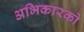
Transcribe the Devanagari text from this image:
अभिकारको